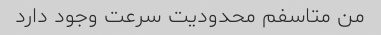
من متاسفم محدودیت سرعت وجود دارد